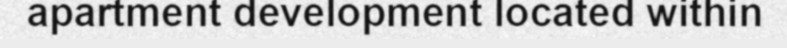
apartment development located within